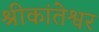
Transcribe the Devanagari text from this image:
श्रीकांतेश्वर